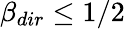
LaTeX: \beta_{dir}\leq 1/2